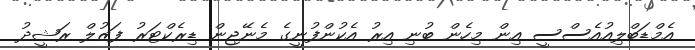
އެމްޑަބްލިއުއެސްސީ އިން މިހެން ބުނި އިރު އެކުންފުނީގެ މެނޭޖިން ޑިރެކްޓަރު ފަޒުލް ރަޝީދު